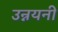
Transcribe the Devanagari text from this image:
उन्नयनी